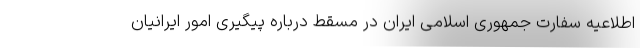
اطلاعیه سفارت جمهوری اسلامی ایران در مسقط درباره پیگیری امور ایرانیان